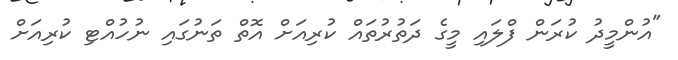
"އުންމީދު ކުރަން ފްލައި މީގެ ދަތުރުތައް ކުރިއަށް އޮތް ތަނުގައި ނުހުއްޓި ކުރިއަށް